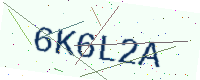
Text: 6K6L2A